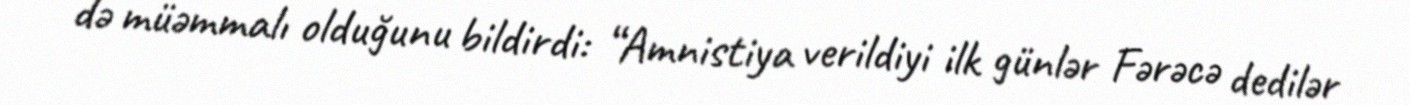
də müəmmalı olduğunu bildirdi: “Amnistiya verildiyi ilk günlər Fərəcə dedilər